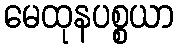
မေထုနပစ္စယာ